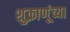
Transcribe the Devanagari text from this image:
शुक्राणूंच्या